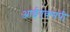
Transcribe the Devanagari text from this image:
आईएक्सपी